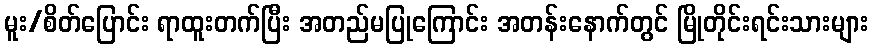
မူး/စိတ်ပြောင်း ရာထူးတက်ပြီး အတည်မပြုကြောင်း အတန်းနောက်တွင် မြိုတိုင်းရင်းသားများ